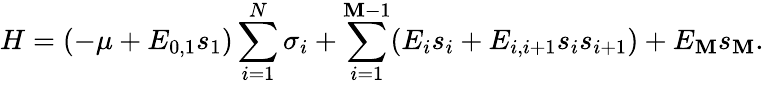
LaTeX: H=(-\mu+E_{0,1}s_{1})\sum_{i=1}^{N}\sigma_{i}+\sum_{i=1}^{\mathbf{M}-1}(E_{i}s_{i}+E_{i,i+1}s_{i}s_{i+1})+E_{\mathbf{M}}s_{\mathbf{M}}.